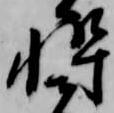
忰